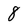
Character: 8